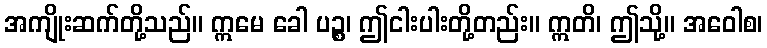
အကျိုးဆက်တို့သည်။ ဣမေ ခေါ ပဉ္စ၊ ဤငါးပါးတို့တည်း။ ဣတိ၊ ဤသို့။ အဝေါစ၊